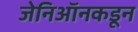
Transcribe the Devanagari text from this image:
जेनिऑनकडून